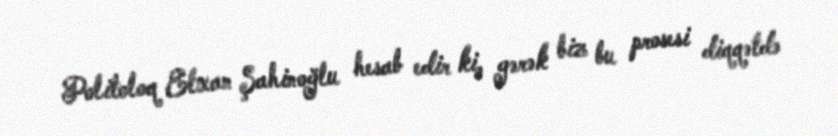
Politoloq Elxan Şahinoğlu hesab edir ki, gərək biz bu prosesi diqqətdə